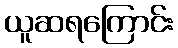
ယူဆရကြောင်း